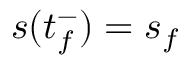
s ( t _ { f } ^ { - } ) = s _ { f }